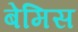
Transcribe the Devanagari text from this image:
बेमिस